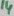
Text: 14